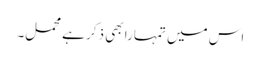
اس میں تمہارا بھی ذکر ہے محمل۔